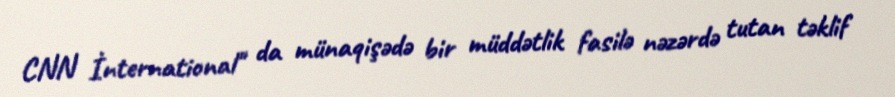
CNN İnternational" da münaqişədə bir müddətlik fasilə nəzərdə tutan təklif